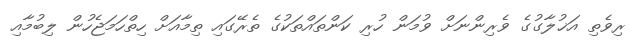
ރިވެތި އަޚުލާގުގެ ވެރިންނަށް ވުމަން ހުރި ކަންތައްތަކުގެ ތެރޭގައި ތިމާއަށް ހިތްހަމަޖެހުން ލިބުމާއި